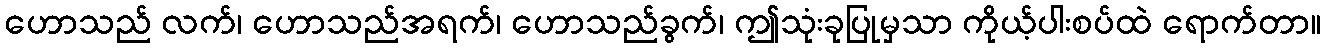
ဟောသည် လက်၊ ဟောသည်အရက်၊ ဟောသည်ခွက်၊ ဤသုံးခုပြုမှသာ ကိုယ့်ပါးစပ်ထဲ ရောက်တာ။